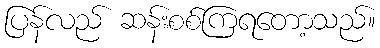
ပြန်လည် ဆန်းစစ်ကြရတော့သည်။